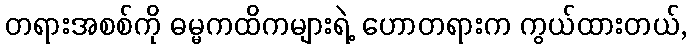
တရားအစစ်ကို ဓမ္မကထိကများရဲ့ ဟောတရားက ကွယ်ထားတယ်,